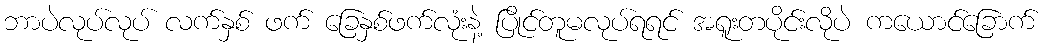
ဘာပဲလုပ်လုပ် လက်နှစ် ဖက် ခြေနှစ်ဖက်လုံးနဲ့ ပြိုင်တူမလုပ်ရရင် အရူးတပိုင်းလိုပဲ ကယောင်ခြောက်